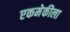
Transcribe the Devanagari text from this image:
एकमेकीला